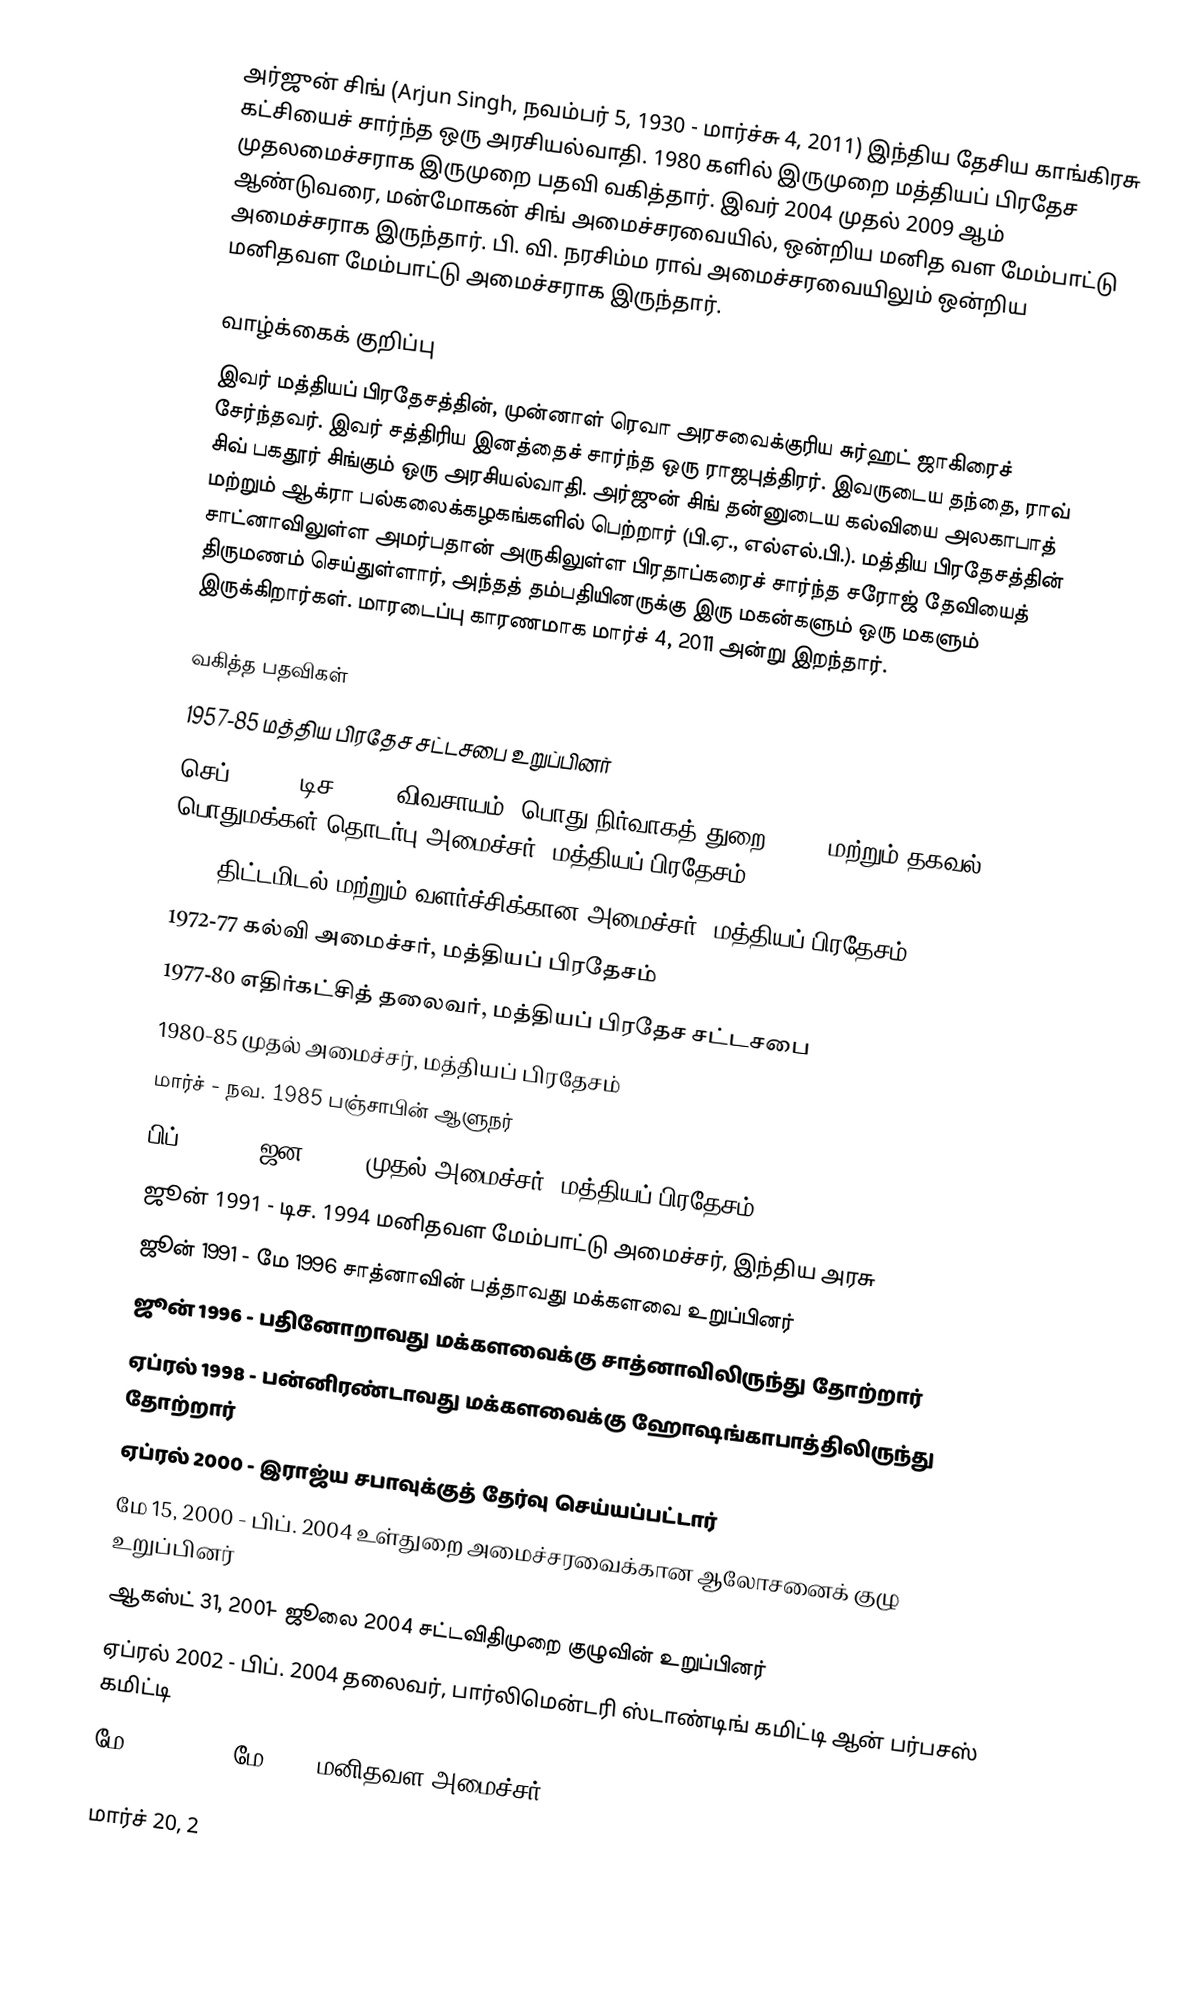
அர்ஜுன் சிங்  (Arjun Singh,  நவம்பர் 5, 1930 - மார்ச்சு 4, 2011) இந்திய தேசிய காங்கிரசு கட்சியைச் சார்ந்த ஒரு அரசியல்வாதி. 1980 களில் இருமுறை மத்தியப் பிரதேச முதலமைச்சராக இருமுறை பதவி வகித்தார். இவர் 2004 முதல் 2009 ஆம் ஆண்டுவரை, மன்மோகன் சிங் அமைச்சரவையில், ஒன்றிய மனித வள மேம்பாட்டு அமைச்சராக இருந்தார். பி. வி. நரசிம்ம ராவ் அமைச்சரவையிலும் ஒன்றிய மனிதவள மேம்பாட்டு அமைச்சராக இருந்தார்.

வாழ்க்கைக் குறிப்பு
இவர் மத்தியப் பிரதேசத்தின், முன்னாள் ரெவா அரசவைக்குரிய சுர்ஹட் ஜாகிரைச் சேர்ந்தவர். இவர் சத்திரிய இனத்தைச் சார்ந்த ஒரு ராஜபுத்திரர்.  இவருடைய தந்தை, ராவ் சிவ் பகதூர் சிங்கும் ஒரு அரசியல்வாதி. அர்ஜுன் சிங் தன்னுடைய கல்வியை அலகாபாத் மற்றும் ஆக்ரா பல்கலைக்கழகங்களில் பெற்றார் (பி.ஏ., எல்எல்.பி.). மத்திய பிரதேசத்தின் சாட்னாவிலுள்ள அமர்பதான் அருகிலுள்ள பிரதாப்கரைச் சார்ந்த சரோஜ் தேவியைத் திருமணம் செய்துள்ளார், அந்தத் தம்பதியினருக்கு இரு மகன்களும் ஒரு மகளும் இருக்கிறார்கள். மாரடைப்பு காரணமாக மார்ச் 4, 2011 அன்று இறந்தார்.

வகித்த பதவிகள்
 1957-85 மத்திய பிரதேச சட்டசபை உறுப்பினர்
 செப். 1963- டிச. 1967 விவசாயம், பொது நிர்வாகத் துறை (GAD) மற்றும் தகவல் & பொதுமக்கள் தொடர்பு அமைச்சர், மத்தியப் பிரதேசம்
 1967 திட்டமிடல் மற்றும் வளர்ச்சிக்கான அமைச்சர், மத்தியப் பிரதேசம்
 1972-77 கல்வி அமைச்சர், மத்தியப் பிரதேசம்
 1977-80 எதிர்கட்சித் தலைவர், மத்தியப் பிரதேச சட்டசபை
 1980-85 முதல் அமைச்சர், மத்தியப் பிரதேசம்
 மார்ச் - நவ. 1985 பஞ்சாபின் ஆளுநர்
 பிப். 1988 - ஜன. 1989 முதல் அமைச்சர், மத்தியப் பிரதேசம்
 ஜூன் 1991 - டிச. 1994 மனிதவள மேம்பாட்டு அமைச்சர், இந்திய அரசு
 ஜூன் 1991 - மே 1996 சாத்னாவின் பத்தாவது மக்களவை உறுப்பினர்
 ஜூன் 1996 - பதினோறாவது மக்களவைக்கு சாத்னாவிலிருந்து தோற்றார்
 ஏப்ரல் 1998 - பன்னிரண்டாவது மக்களவைக்கு ஹோஷங்காபாத்திலிருந்து தோற்றார்
 ஏப்ரல் 2000 - இராஜ்ய சபாவுக்குத் தேர்வு செய்யப்பட்டார்
 மே 15, 2000 - பிப். 2004 உள்துறை அமைச்சரவைக்கான ஆலோசனைக் குழு உறுப்பினர்
 ஆகஸ்ட் 31, 2001- ஜூலை 2004 சட்டவிதிமுறை குழுவின் உறுப்பினர்
 ஏப்ரல் 2002 - பிப். 2004 தலைவர், பார்லிமென்டரி ஸ்டாண்டிங் கமிட்டி ஆன் பர்பசஸ் கமிட்டி
 மே 22, 2004 - மே 2009 மனிதவள அமைச்சர்

மார்ச் 20, 2